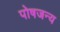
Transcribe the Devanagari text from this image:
पोषजन्य